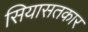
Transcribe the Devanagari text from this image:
सियासतकार